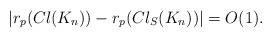
LaTeX: \begin{align*}|r_p(Cl(K_n))-r_p(Cl_S(K_n))|=O(1).\end{align*}